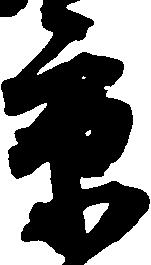
京